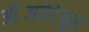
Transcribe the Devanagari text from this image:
ऑब्जवेटेयुर